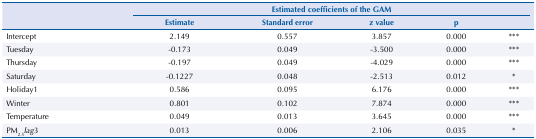
<table><thead><tr><td><b> </b></td><td colspan="5"><b>Estimated coefficients of the GAM</b></td></tr><tr><td><b> </b></td><td colspan="5"></td></tr><tr><td><b> </b></td><td><b>Estimate</b></td><td><b>Standard error</b></td><td><b>z value</b></td><td><b>p</b></td><td><b> </b></td></tr></thead><tbody><tr><td>Intercept</td><td>2.149</td><td>0.557</td><td>3.857</td><td>0.000</td><td>***</td></tr><tr><td>Tuesday</td><td>-0.173</td><td>0.049</td><td>-3.500</td><td>0.000</td><td>***</td></tr><tr><td>Thursday</td><td>-0.197</td><td>0.049</td><td>-4.029</td><td>0.000</td><td>***</td></tr><tr><td>Saturday</td><td>-0.1227</td><td>0.048</td><td>-2.513</td><td>0.012</td><td>*</td></tr><tr><td>Holiday1</td><td>0.586</td><td>0.095</td><td>6.176</td><td>0.000</td><td>***</td></tr><tr><td>Winter</td><td>0.801</td><td>0.102</td><td>7.874</td><td>0.000</td><td>***</td></tr><tr><td>Temperature</td><td>0.049</td><td>0.013</td><td>3.645</td><td>0.000</td><td>***</td></tr><tr><td>PM<sub>2.5</sub><i>lag</i>3</td><td>0.013</td><td>0.006</td><td>2.106</td><td>0.035</td><td>*</td></tr></tbody></table>